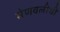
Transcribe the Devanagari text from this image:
मेणवलीची